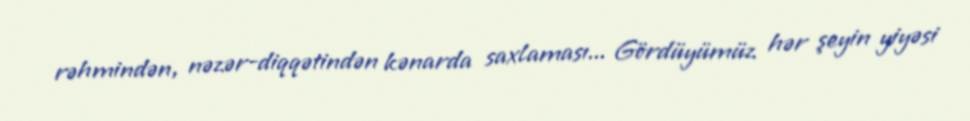
rəhmindən, nəzər-diqqətindən kənarda saxlaması... Gördüyümüz hər şeyin yiyəsi